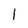
Character: 1